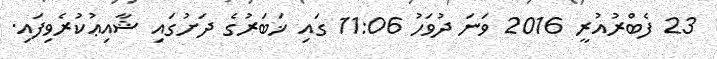
23 ފެބްރުއުރީ 2016 ވަނަ ދުވަހު 11:06 ގައި ޚަބަރުގެ ދަށުގައި ޝާއިޢުކުރެވިފައި.